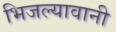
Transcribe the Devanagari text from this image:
भिजल्यावानी